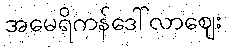
အမေရိကန်ဒေါ်လာဈေး